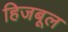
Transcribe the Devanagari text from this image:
हिजबूल